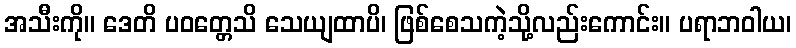
အသီးကို။ ဒေတိ ပဝတ္တေသိ သေယျထာပိ၊ ဖြစ်စေသကဲ့သို့လည်းကောင်း။ ပရာဘဝါယ၊